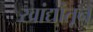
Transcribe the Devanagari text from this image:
खांद्यांतून